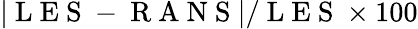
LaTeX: \lvert\mathrm{~L~E~S~-~R~A~N~S~}\lvert/\mathrm{~L~E~S~}\times 100